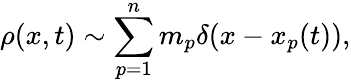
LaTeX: \rho(x,t)\sim\sum_{p=1}^{n}m_{p}\delta(x-x_{p}(t)),